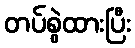
တပ်စွဲထားပြီး